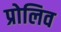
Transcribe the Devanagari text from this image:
प्रोलिव